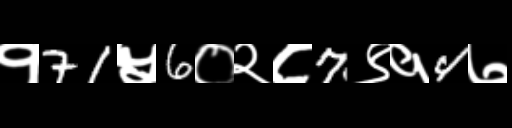
Text: १71५6०२८7९१4७